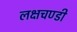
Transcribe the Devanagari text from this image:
लक्षचण्डी